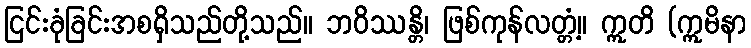
ငြင်းခုံခြင်းအစရှိသည်တို့သည်။ ဘဝိဿန္တိ၊ ဖြစ်ကုန်လတ္တံ့။ ဣတိ (ဣမိနာ